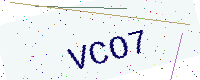
Text: VCO7